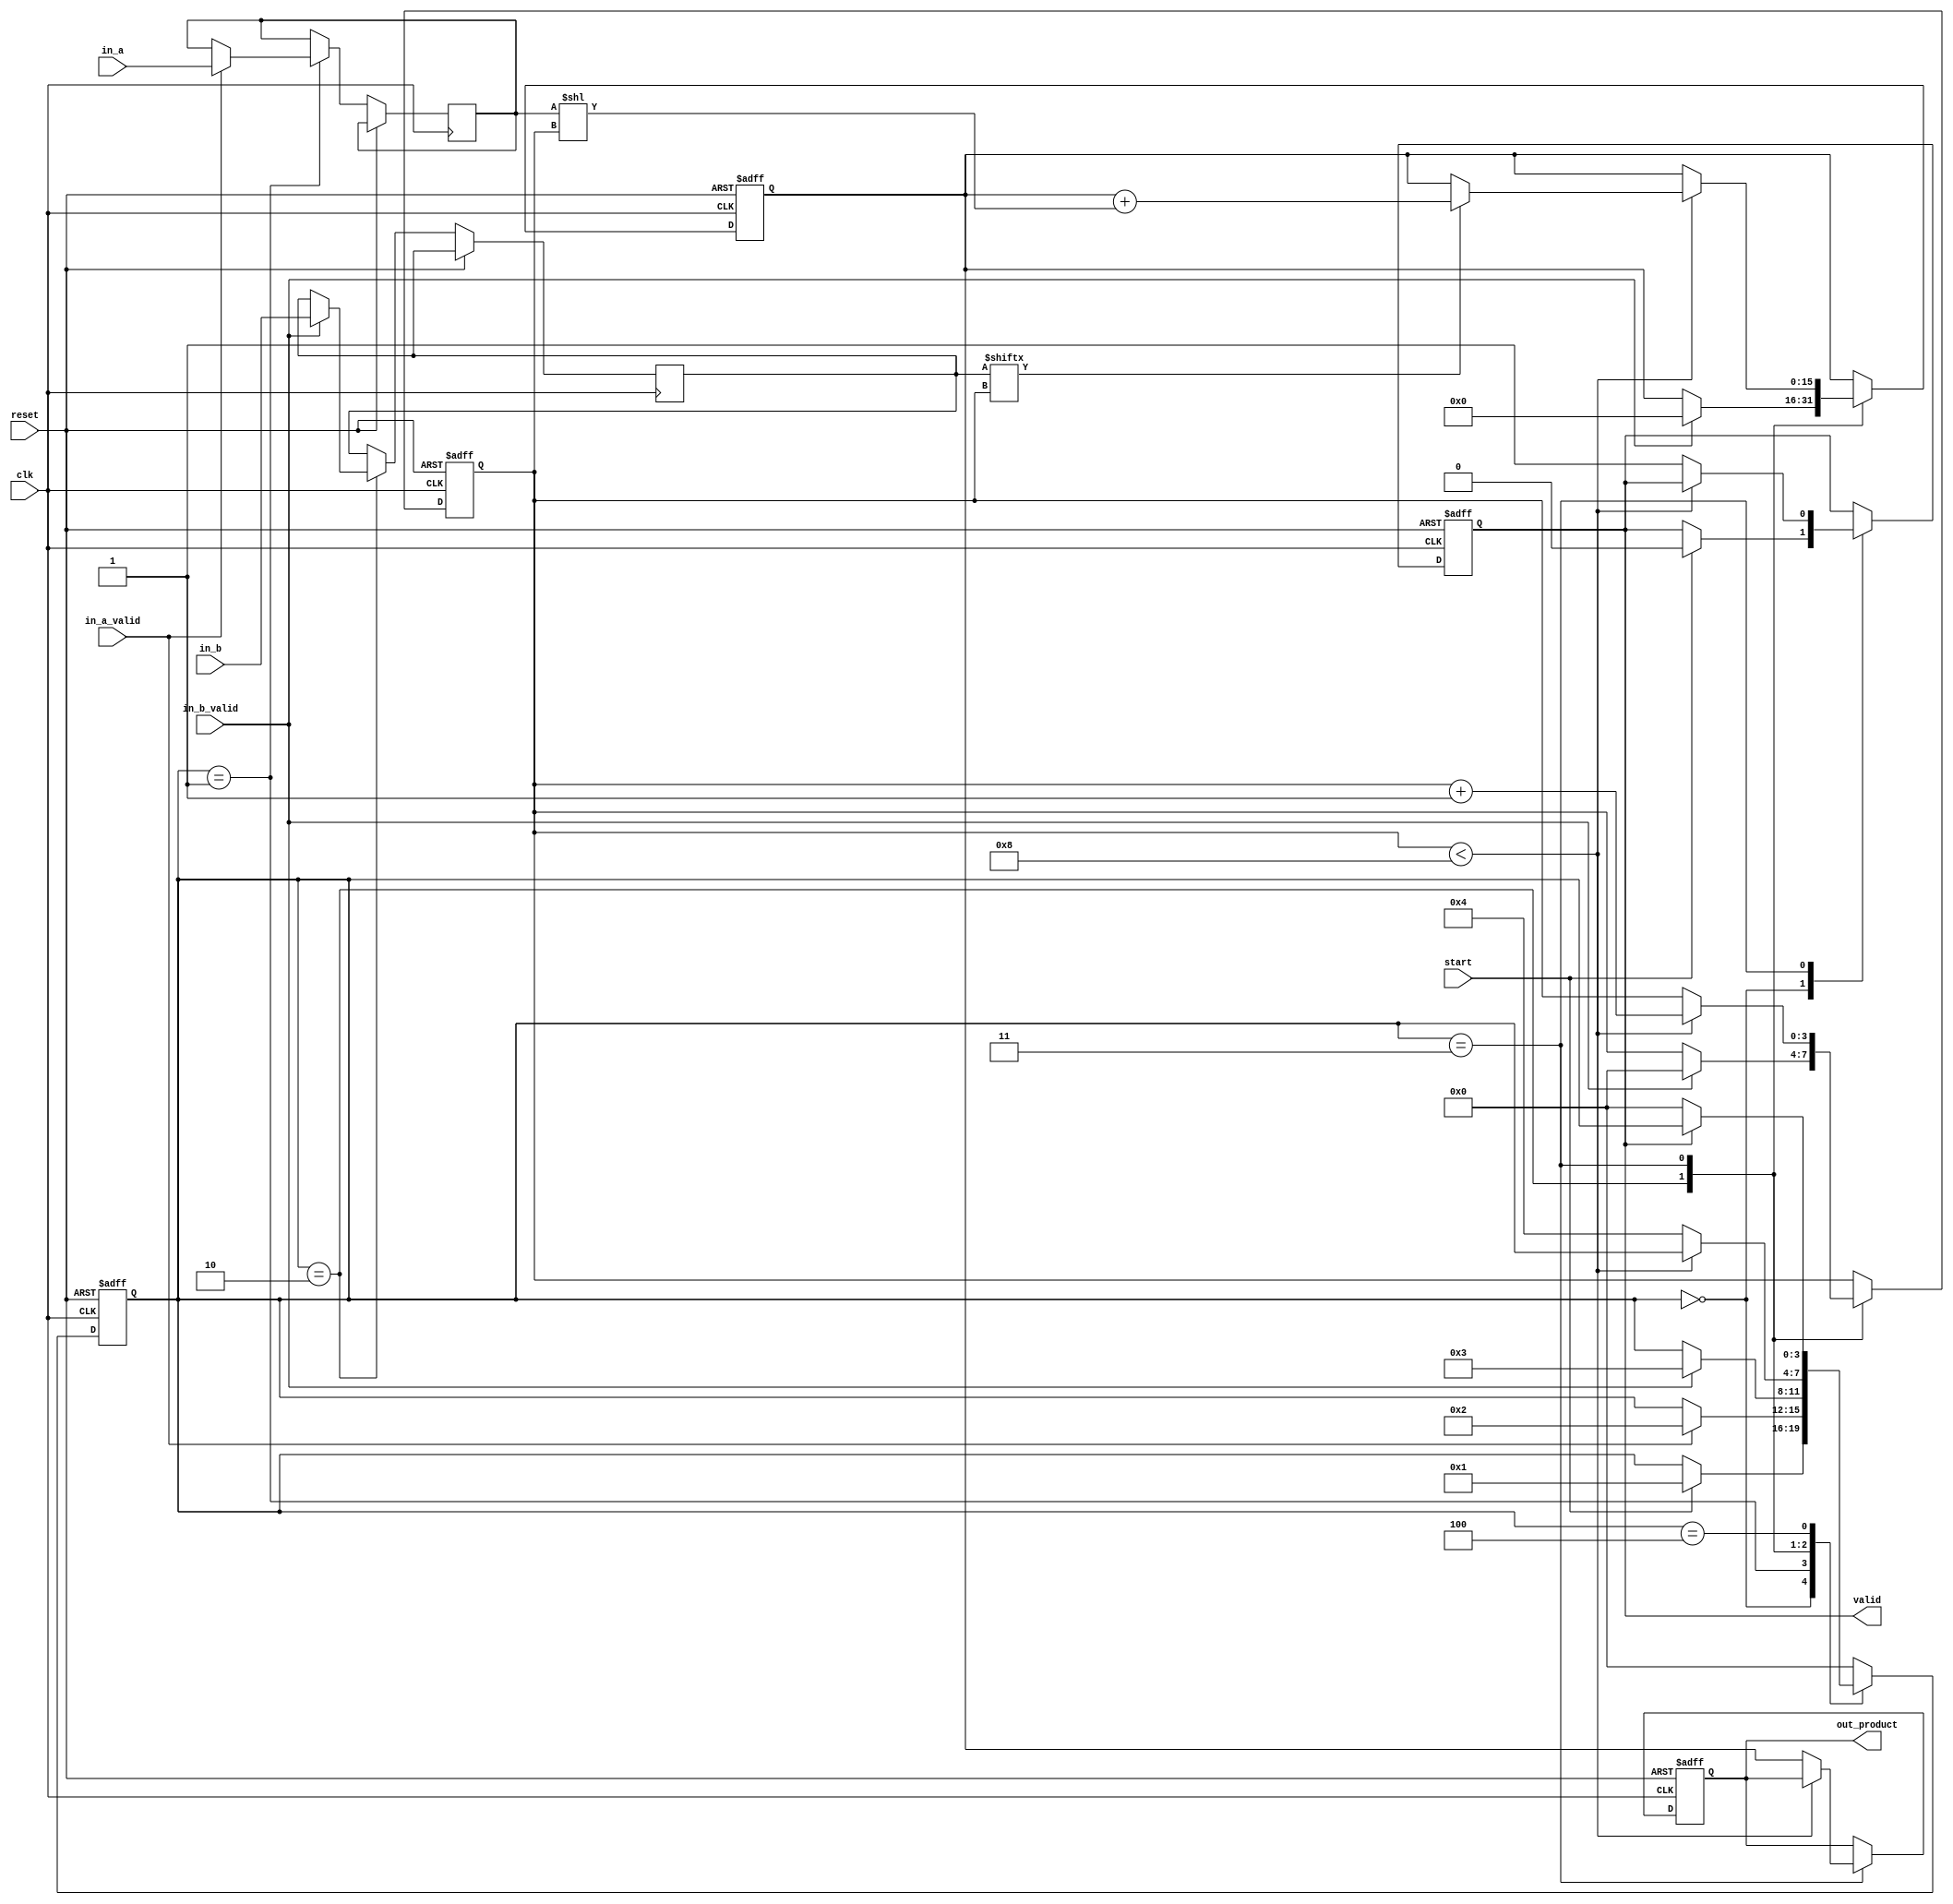
module streaming_multiplier (
    input wire clk,
    input wire reset,
    input wire start,
    input wire in_a_valid,
    input wire in_b_valid,
    input wire [7:0] in_a,  // Assuming 8-bit input for multiplicand A
    input wire [7:0] in_b,  // Assuming 8-bit input for multiplicand B
    output reg [15:0] out_product, // Assuming 16-bit output for product
    output reg valid // Signal indicating output is valid
);

    reg [7:0] reg_a; // Register to store multiplicand A
    reg [7:0] reg_b; // Register to store multiplicand B
    reg [3:0] state; // State variable for state machine
    reg [15:0] product_reg; // Register to hold the product
    reg [3:0] count; // Counter for bits processed

    // State definitions
    localparam IDLE = 4'b0000,
               LOAD_A = 4'b0001,
               LOAD_B = 4'b0010,
               MULTIPLY = 4'b0011,
               OUTPUT = 4'b0100;

    // State machine for controlling the multiplication process
    always @(posedge clk or posedge reset) begin
        if (reset) begin
            state <= IDLE;
            out_product <= 0;
            valid <= 0;
            count <= 0;
            product_reg <= 0;
        end else begin
            case (state)
                IDLE: begin
                    if (start) begin
                        state <= LOAD_A;
                        valid <= 0;
                    end
                end

                LOAD_A: begin
                    if (in_a_valid) begin
                        reg_a <= in_a;
                        state <= LOAD_B;
                    end
                end

                LOAD_B: begin
                    if (in_b_valid) begin
                        reg_b <= in_b;
                        product_reg <= 0; // Clear product register
                        count <= 0; // Reset count
                        state <= MULTIPLY;
                    end
                end

                MULTIPLY: begin
                    if (count < 8) begin
                        // Perform multiplication using shift and add method
                        if (reg_b[count]) begin
                            product_reg <= product_reg + (reg_a << count);
                        end
                        count <= count + 1;
                    end else begin
                        out_product <= product_reg; // Store final product
                        valid <= 1; // Signal that product is valid
                        state <= OUTPUT; // Move to output state
                    end
                end

                OUTPUT: begin
                    // Wait for the product to be read before going back to IDLE
                    if (!valid) begin
                        state <= IDLE; // Reset state machine
                    end
                end

                default: state <= IDLE; // Default case for safety
            endcase
        end
    end
endmodule